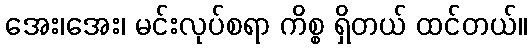
အေး၊အေး၊ မင်းလုပ်စရာ ကိစ္စ ရှိတယ် ထင်တယ်။